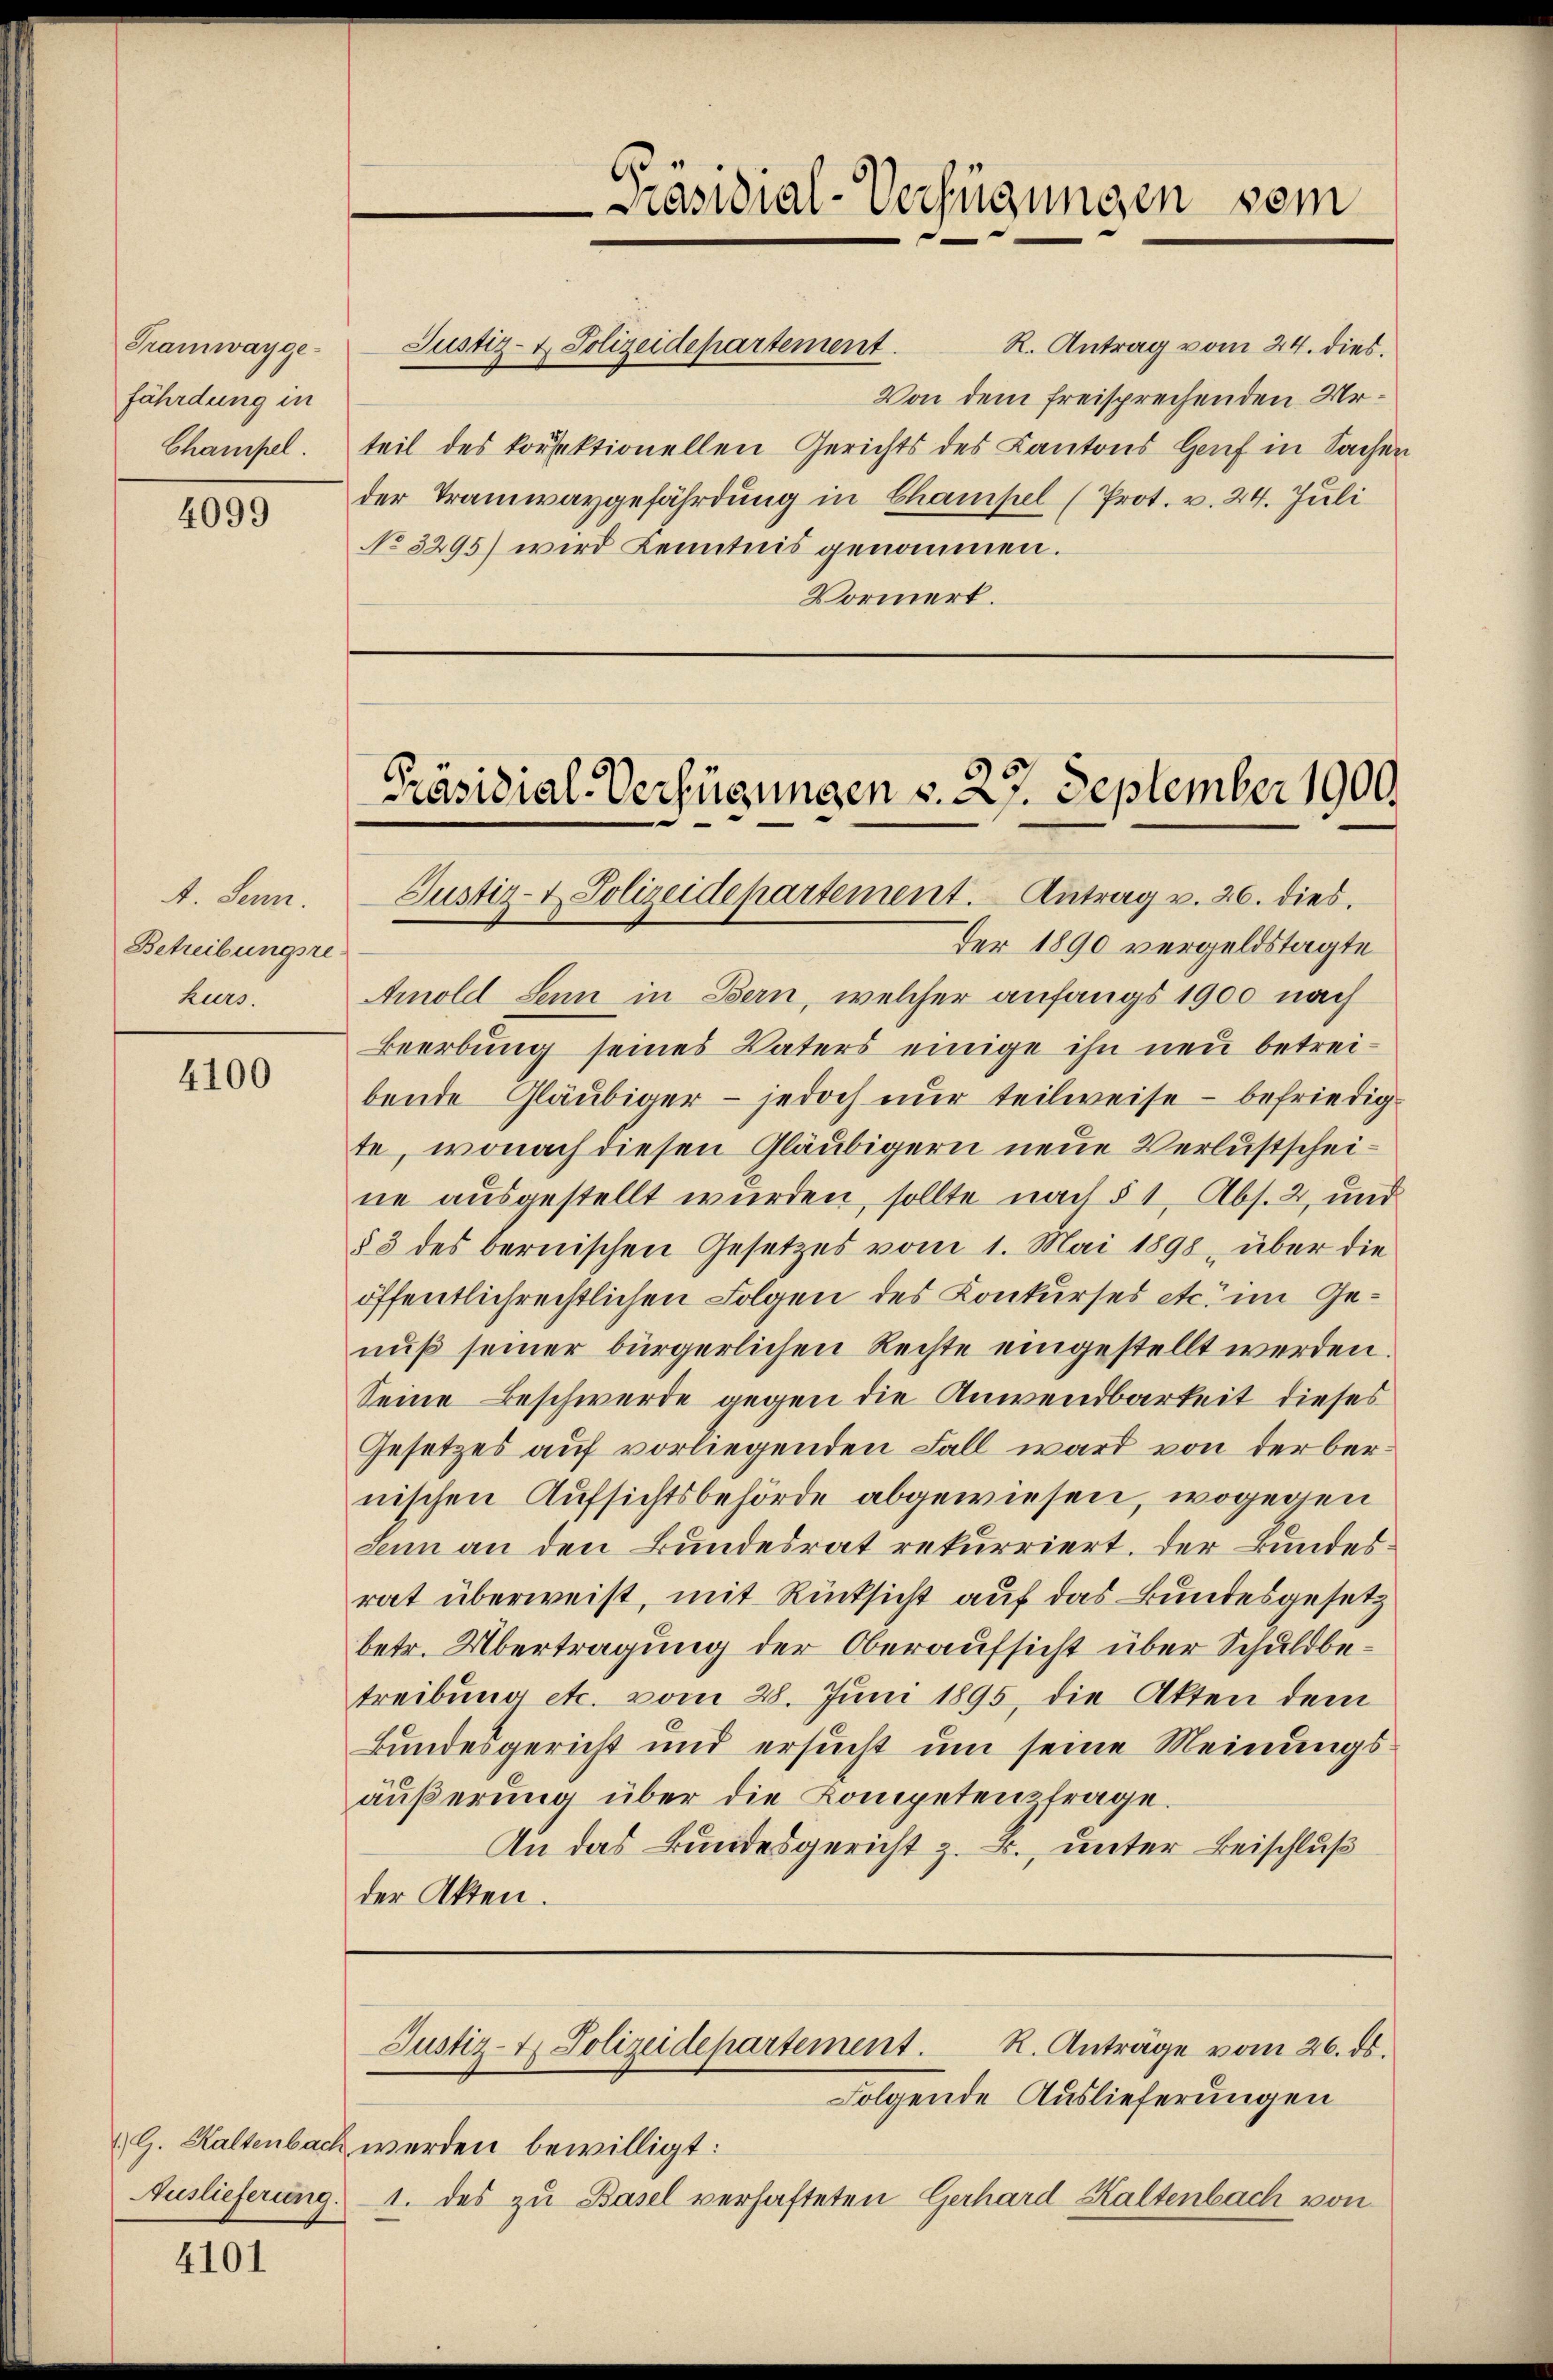
Tramwaygefährdung in
Champel.

4099

A. Senn.
Betreibungsre
kurs.

4100

. G. Kaltenbach.
Auslieferung.

4101

teil des konsektionellen Gerichts des Kantons Genf in Sachen
der Tramwaygefährdung in Champel (Prot. v. 24. Juli
No 3295) wird Kenntnis genommen.
Vormert.

Justiz- & Polizeidepartement.

Präsidial-Verfügungen vom

R. Antrag vom 24. dies.
Von dem freisprechenden Ur¬

Präsidial-Verfügungen v. 27. September 1900.
Justiz- & Polizeidepartement. Antrag v. 26. dies

Der 1890 vergeldstagte
Arnold Senn in Bern, welcher anfangs 1900 nach
Beerbung seines Vaters einige ihn neu betreibende Gläubiger - jedoch nur teilweise - befriedigte, wonach diesen Gläubigern neue Verlustscheine ausgestellt wurden, sollte nach § 1, Abs. 2, und
§ 3 des bernischen Gesetzes vom 1. Mai 1898, über die
öffentlichrechtlichen Folgen des Konkurses etc. im Genuß seiner bürgerlichen Rechte eingestellt werden.
Seine Beschwerde gegen die Anwendbarkeit dieses
Gesetzes auf vorliegenden Fall ward von der bernischen Aufsichtsbehörde abgewiesen, wogegen
Senn an den Bundesrat rekurriert. Der Bundes.
rat überweist, mit Rücksicht auf das Bundesgesetz
betr. Übertragung der Oberaufsicht über Schuldbetreibung etc. vom 28. Juni 1895, die Akten dem
Bundesgericht und ersŭcht ŭm seine Meinŭngs-
äußerung über die Kompetenzfrage.
An das Bundesgericht z. B., unter Beischluß
der Akten.

werden bewilligt:
1. des zu Basel verhafteten Gerhard Kaltenbach von

R. Anträge vom 26. ds.
Justiz- & Polizeidepartement.
Folgende Auslieferungen